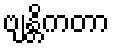
ဗျန္တိကတာ